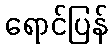
ရောင်ပြန်